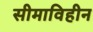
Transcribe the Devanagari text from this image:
सीमाविहीन